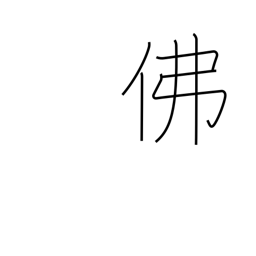
Meaning: France